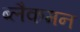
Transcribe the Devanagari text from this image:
ब्लैकमन